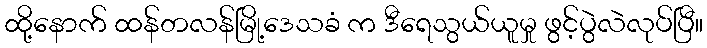
ထို့နောက် ထန်တလန်မြို့ဒေသခံ က ဒီရေသွယ်ယူမှု ဖွင့်ပွဲလဲလုပ်ပြီ။